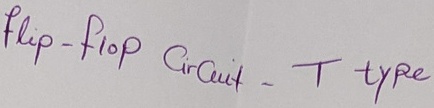
Text: flip-flop Circuit -T type